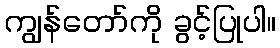
ကျွန်တော်ကို ခွင့်ပြုပါ။